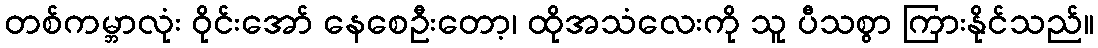
တစ်ကမ္ဘာလုံး ဝိုင်းအော် နေစေဦးတော့၊ ထိုအသံလေးကို သူ ပီသစွာ ကြားနိုင်သည်။